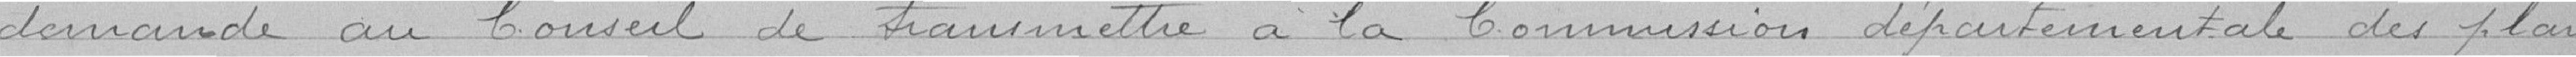
demande au Conseil de transmettre à la Commission départementale des plans